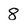
Character: 8